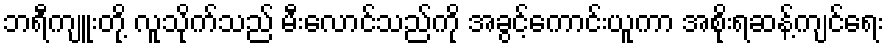
ဘရီကျူးတို့ လူသိုက်သည် မီးလောင်သည်ကို အခွင့်ကောင်းယူကာ အစိုးရဆန့်ကျင်ရေး